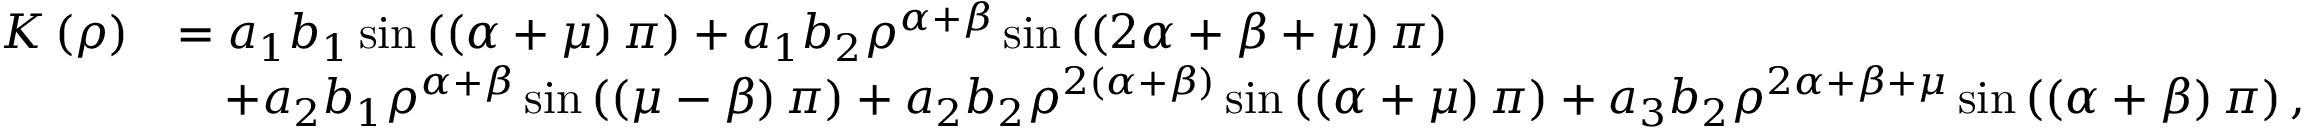
\begin{array} { r l } { K \left( \rho \right) } & { = a _ { 1 } b _ { 1 } \sin \left( \left( \alpha + \mu \right) \pi \right) + a _ { 1 } b _ { 2 } \rho ^ { \alpha + \beta } \sin \left( \left( 2 \alpha + \beta + \mu \right) \pi \right) } \\ & { \quad + a _ { 2 } b _ { 1 } \rho ^ { \alpha + \beta } \sin \left( \left( \mu - \beta \right) \pi \right) + a _ { 2 } b _ { 2 } \rho ^ { 2 \left( \alpha + \beta \right) } \sin \left( \left( \alpha + \mu \right) \pi \right) + a _ { 3 } b _ { 2 } \rho ^ { 2 \alpha + \beta + \mu } \sin \left( \left( \alpha + \beta \right) \pi \right) , } \end{array}